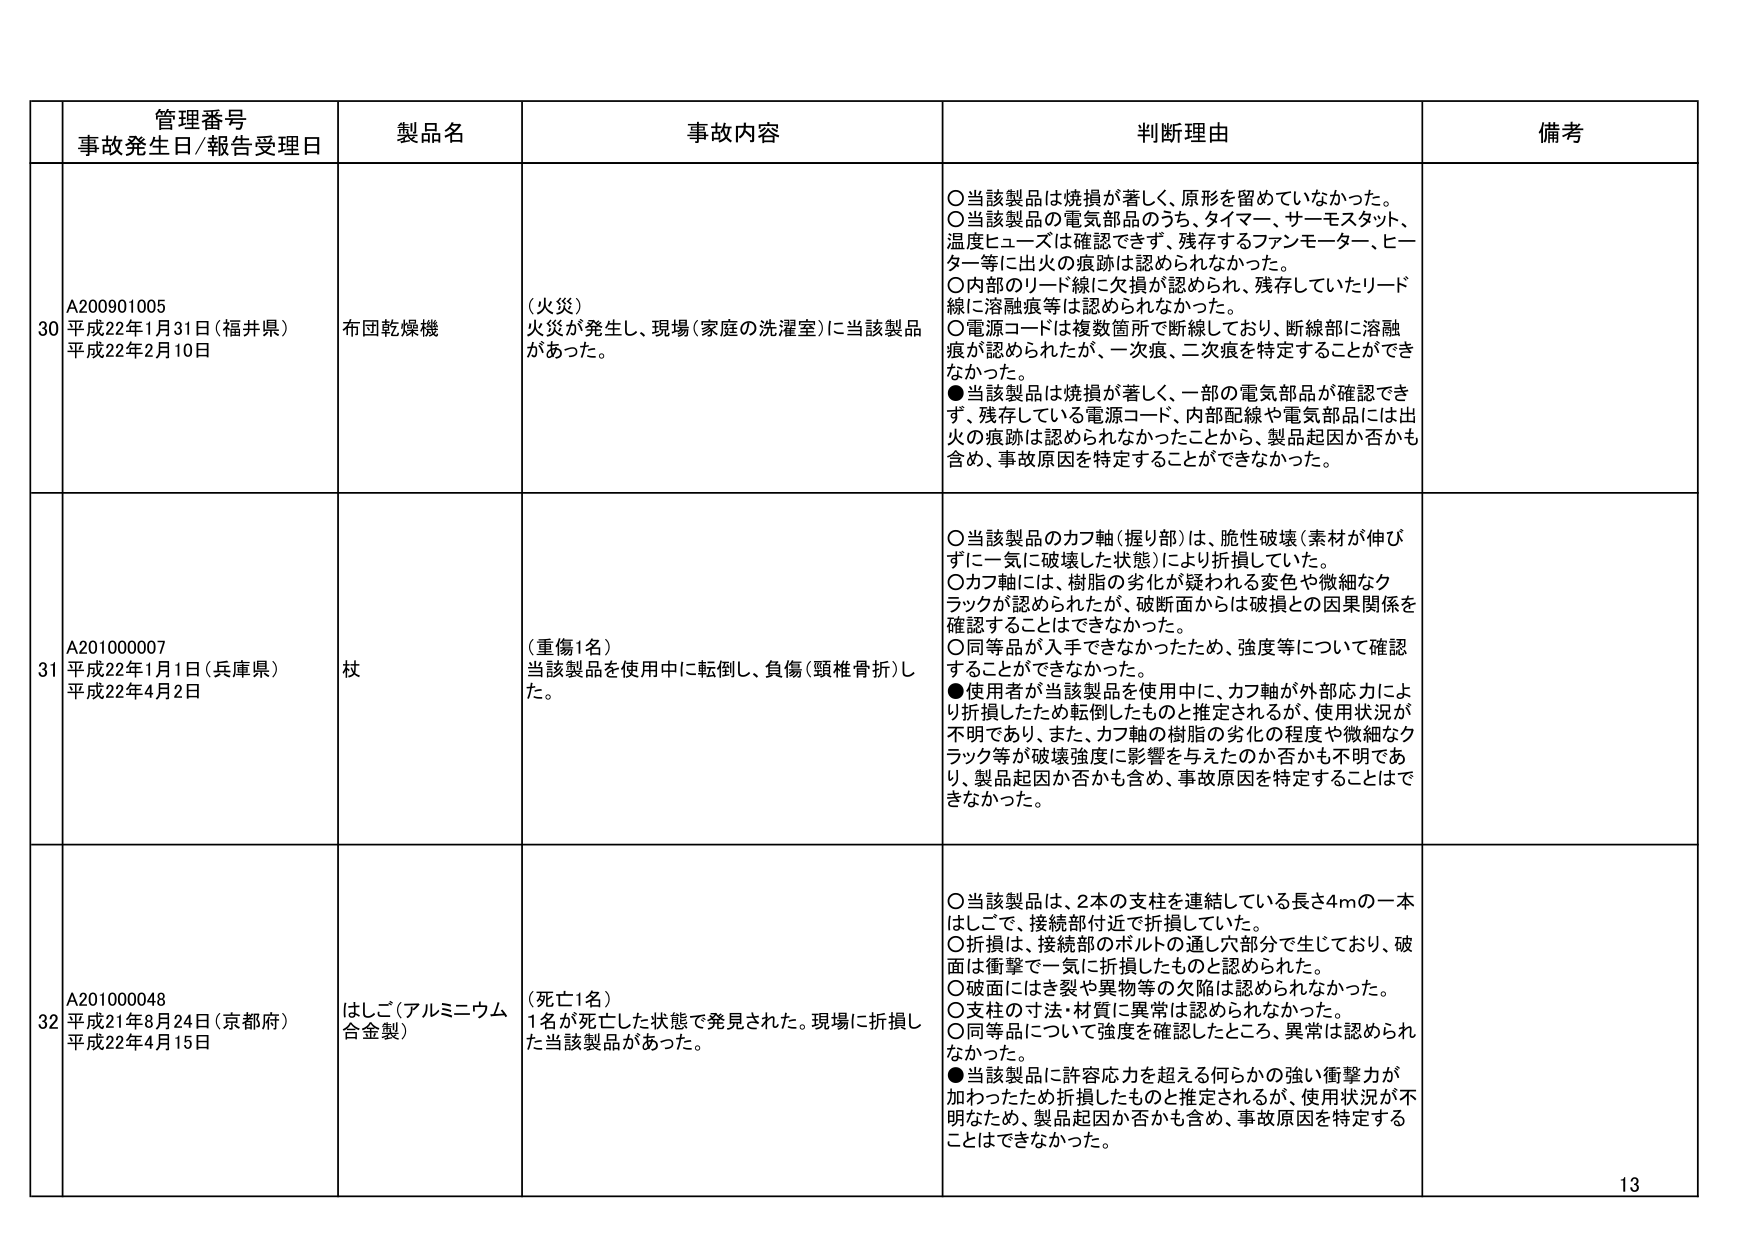
管理番号
事故発生日/報告受理日
製品名
事故内容
判断理由
備考

30
A200901005
平成22年1月31日（福井県）
平成22年2月10日
布団乾燥機
（火災）
火災が発生し、現場（家庭の洗濯室）に当該製品があった。
○当該製品は焼損が著しく、原形を留めていなかった。
○当該製品の電気部品のうち、タイマー、サーモスタット、温度ヒューズは確認できず、残存するファンモーター、ヒーター等に出火の痕跡は認められなかった。
○内部のリード線は欠損が認められ、残存していたリード線に溶融痕等は認められなかった。
○電源コードは複数箇所で断線しており、断線部に溶融痕が認められたが、一次痕、二次痕を特定することができなかった。
●当該製品は焼損が著しく、一部の電気部品が確認できず、残存している電源コード、内部配線や電気部品には出火の痕跡は認められなかったことから、製品起因か否かも含め、事故原因を特定することができなかった。

31
A201000007
平成22年1月1日（兵庫県）
平成22年4月2日
杖
（重傷1名）
当該製品を使用中に転倒し、負傷（頸椎骨折）した。
○当該製品のカフ軸（握り部）は、脆性破壊（素材が伸びずに一気に破壊した状態）により折損していた。
○カフ軸には、樹脂の劣化が疑われる変色や微細なクラックが認められたが、破断面からは破損との因果関係を確認することはできなかった。
○同等品が入手できなかったため、強度等について確認することができなかった。
●使用者が当該製品を使用中に、カフ軸が外部応力により折損したため転倒したものと推定されるが、使用状況が不明であり、また、カフ軸の樹脂の劣化の程度や微細なクラック等が破壊強度に影響を与えたのか否かも不明であり、製品起因か否かも含め、事故原因を特定することはできなかった。

32
A201000048
平成21年8月24日（京都府）
平成22年4月15日
はしご（アルミニウム合金製）
（死亡1名）
1名が死亡した状態で発見された。現場に折損した当該製品があった。
○当該製品は、2本の支柱を連結している長さ4mの一本はしごで、接続部付近で折損していた。
○折損は、接続部のボルトの通し穴部分で生じており、破面は衝撃で一気に折損したものと認められた。
○破面にはき裂や異物等の欠陥は認められなかった。
○支柱の寸法・材質に異常は認められなかった。
○同等品について強度を確認したところ、異常は認められなかった。
●当該製品に許容応力を超える何らかの強い衝撃力が加わったため折損したものと推定されるが、使用状況が不明なため、製品起因か否かも含め、事故原因を特定することはできなかった。

13